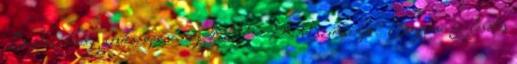
Biztos, hogy szükséges, hogy kell? Miért szükséges? Egyéni fejlesztés